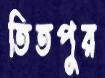
তিতপুর